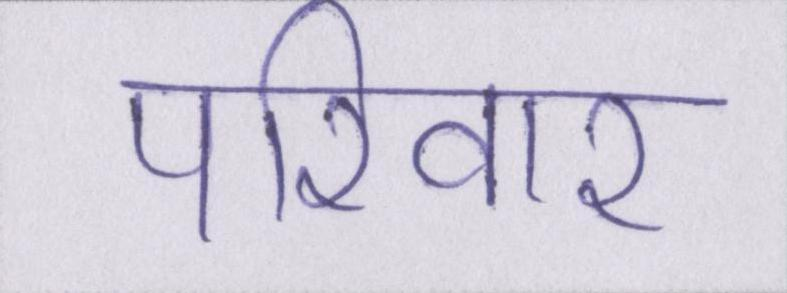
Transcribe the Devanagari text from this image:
परिवार